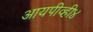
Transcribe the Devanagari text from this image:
आयपीव्ही४